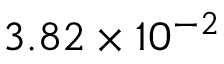
3 . 8 2 \times 1 0 ^ { - 2 }